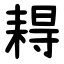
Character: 䎪